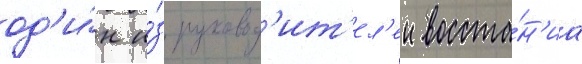
од'и́н и́з руковод'ит'ел'еи восста́н'иа